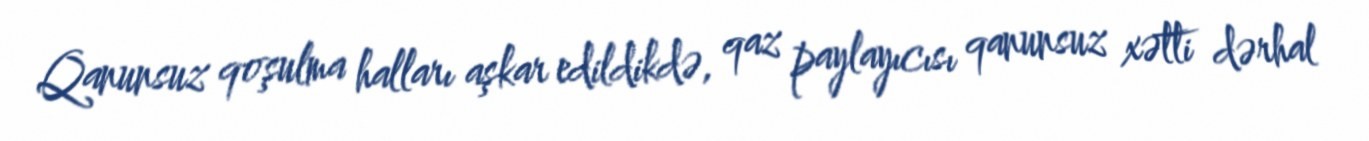
Qanunsuz qoşulma halları aşkar edildikdə, qaz paylayıcısı qanunsuz xətti dərhal